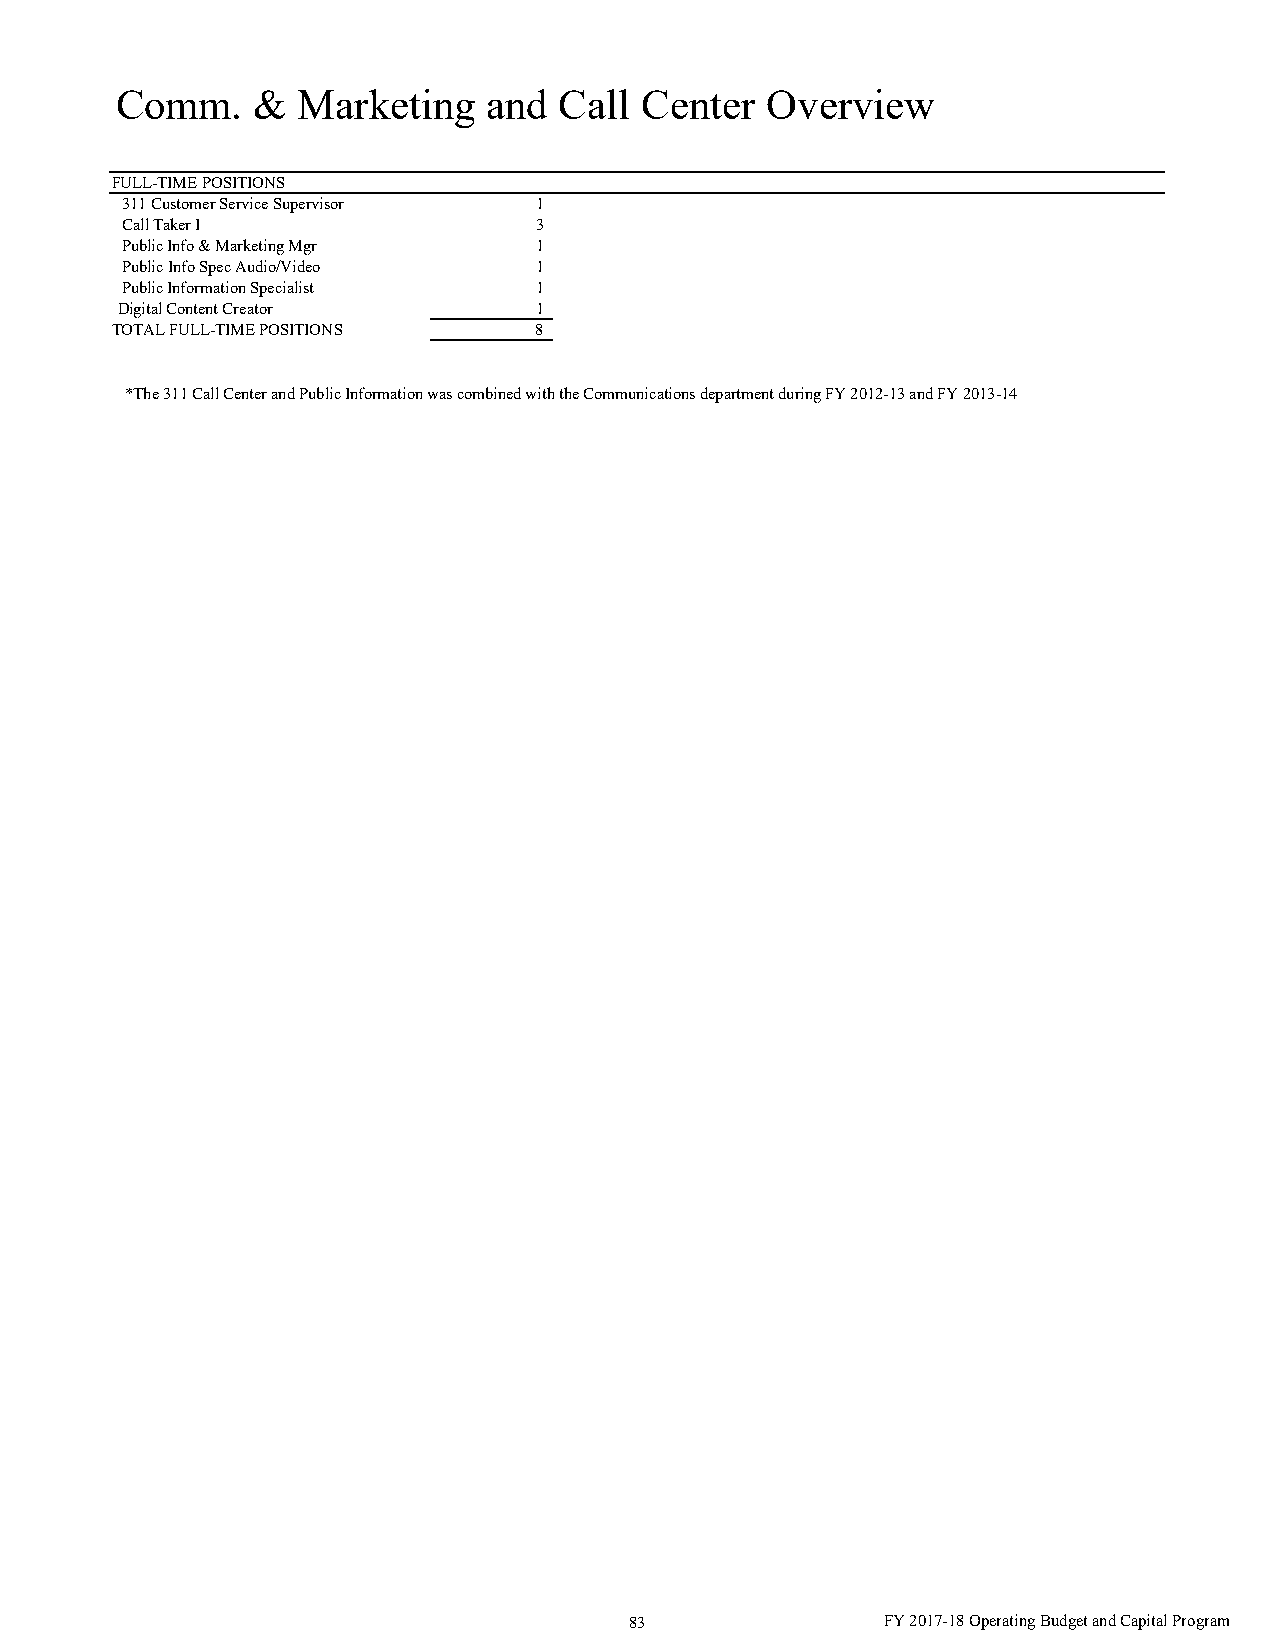
Comm.    &  Marketing   and  Call Center   Overview
 FULL-TIME POSITIONS
 311 Customer Service Supervisor 1
 Call Taker I               3
 Public Info & Marketing Mgr 1
 Public Info Spec Audio/Video 1
 Public Information Specialist 1
 Digital Content Creator    1
 TOTAL FULL-TIME POSITIONS   8
 *The 311 Call Center and Public Information was combined with the Communications department during FY 2012-13 and FY 2013-14
 83               FY 2017-18 Operating Budget and Capital Program